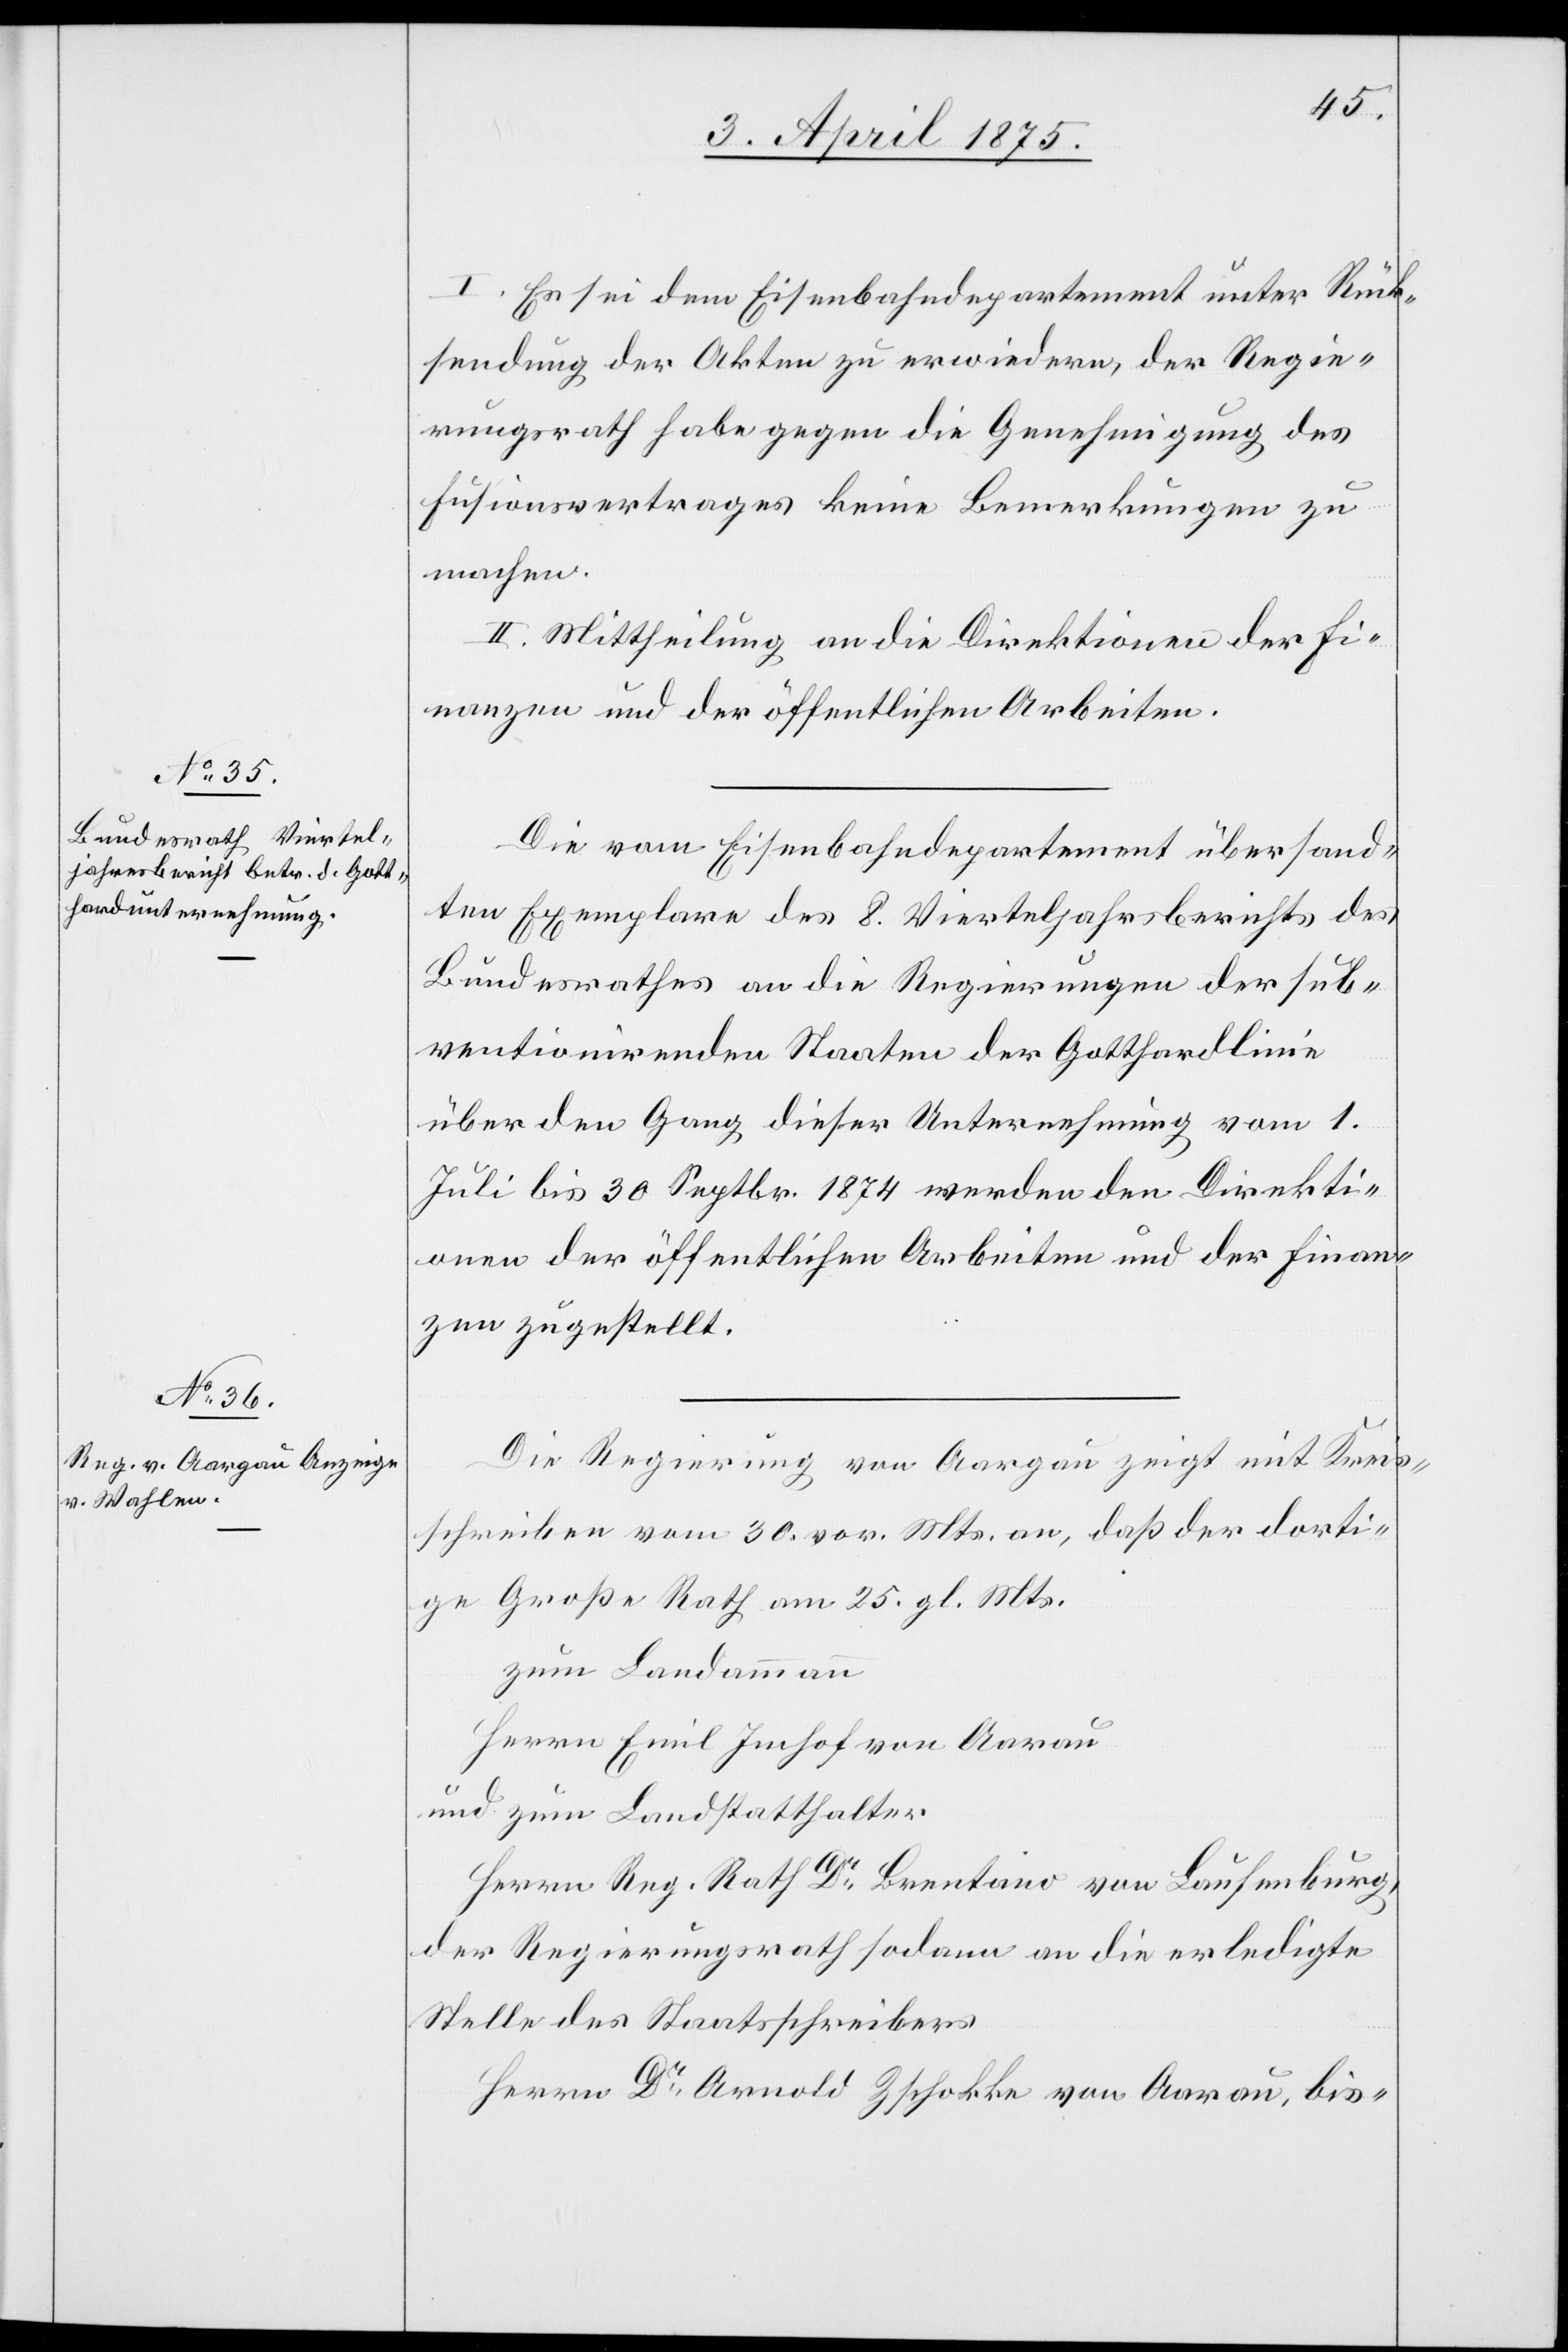
I. Es sei dem Eisenbahndepartement unter Rück¬
sendung der Akten zu erwiedern, der Regie¬
rungsrath habe gegen die Genehmigung des
Fusionsvertrages keine Bemerkungen zu
machen.
II. Mittheilung an die Direktion der Fi¬
nanzen und der öffentlichen Arbeiten.
Die vom Eisenbahndepartement übersand¬
ten Exemplare des 8. Vierteljahresberichts des
Bundesrathes an die Regierungen der sub¬
ventionirenden Staaten der Gotthardlinie
über den Gang dieser Unternehmung vom 1.
Juli bis 30. Septbr. 1874 werden den Direkti¬
onen der öffentlichen Arbeiten und der Finan¬
zen zugestellt.
Die Regierung von Aargau zeigt mit Kreis¬
schreiben vom 30. vor. Mts an, daß der dorti¬
ge Grosse Rath am 25. gl. Mts.
zum Landammann
Herrn Emil Imhof von Aarau
Herrn Reg. Rath Dr Brentano von Laufenburg,
der Regierungsrath sodann an die erledigte
Stelle des Staatsschreibers
Herrn Dr Arnold Zschokke von Aarau, bis-